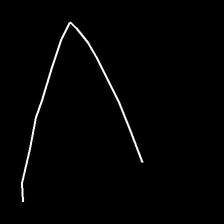
Glyph: region